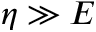
\eta \gg E